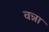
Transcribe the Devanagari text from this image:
वन्ना